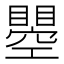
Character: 瞾